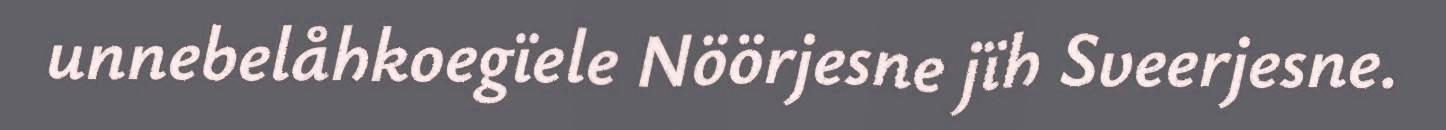
unnebelåhkoegïele Nöörjesne jïh Sveerjesne.